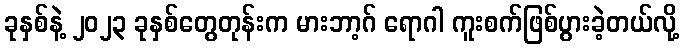
ခုနှစ်နဲ့ ၂၀၂၃ ခုနှစ်တွေတုန်းက မားဘာ့ဂ် ရောဂါ ကူးစက်ဖြစ်ပွားခဲ့တယ်လို့